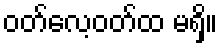
ဝတ်လေ့ဝတ်ထ မရှိ။